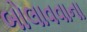
બોલાવવાના